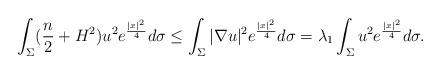
LaTeX: \begin{align*}\int_{\Sigma}(\dfrac{n}{2}+H^2)u^2e^{\frac{|x|^2}{4}}d\sigma&\leq \int_{\Sigma}|\nabla u|^2e^{\frac{|x|^2}{4}}d\sigma=\lambda_1\int_{\Sigma}u^2e^{\frac{|x|^2}{4}}d\sigma.\end{align*}